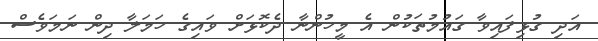
އަދި ގުޅިފައިވާ ގައުމުތަކުން އެ މީހުންނާ ދެކޮޅަށް ވައިގެ ހަމަލާ ދިން ނަމަވެސް